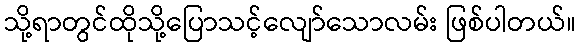
သို့ရာတွင်ထိုသို့ပြောသင့်လျော်သောလမ်း ဖြစ်ပါတယ်။